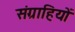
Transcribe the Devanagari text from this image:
संग्राहियों